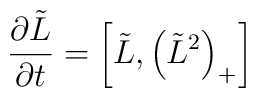
{\partial \tilde{L}\over \partial t} =\left[\tilde{L},\left(\tilde{L}^{2}\right)_{+}\right]